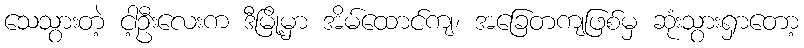
သေသွားတဲ့ ငါ့ဦးလေးက ဒီမြို့မှာ အိမ်ထောင်ကျ၊ အခြေတကျဖြစ်မှ ဆုံးသွားရှာတော့